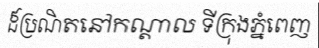
ដ៏ប្រណិតនៅកណ្តាល ទីក្រុងភ្នំពេញ